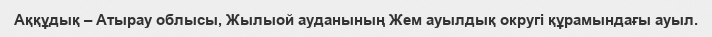
Аққұдық – Атырау облысы, Жылыой ауданының Жем ауылдық округі құрамындағы ауыл.